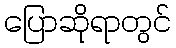
ပြောဆိုရာတွင်